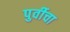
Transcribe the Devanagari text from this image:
पुर्वीचा